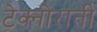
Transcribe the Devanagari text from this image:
टेक्नोराती